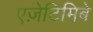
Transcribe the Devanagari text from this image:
एज़ेटिमिबे